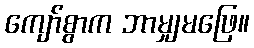
ကျော်စွာက ဘာမျှမဖြေ။